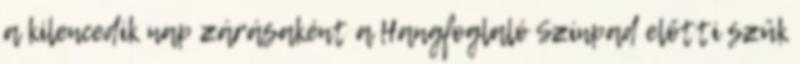
a kilencedik nap zárásaként a Hangfoglaló Színpad előtti szűk